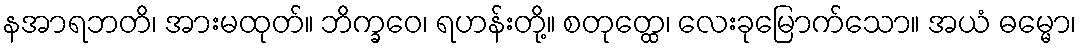
နအာရဘတိ၊ အားမထုတ်။ ဘိက္ခဝေ၊ ရဟန်းတို့။ စတုတ္ထေ၊ လေးခုမြောက်သော။ အယံ ဓမ္မော၊